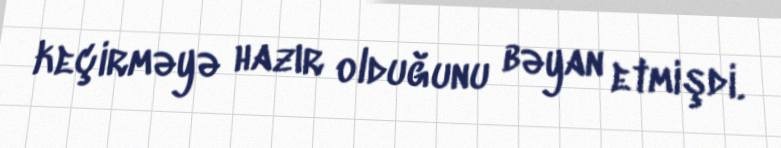
keçirməyə hazır olduğunu bəyan etmişdi.